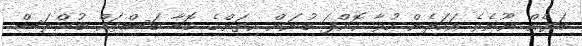
ބަޔެއް ނޫނެވެ އަހަރެން ހުވާ ކޮށްފަ ބުނަން ކިތަންމެ ބޮޑާ ބަސްތައް ބުންޏަސް